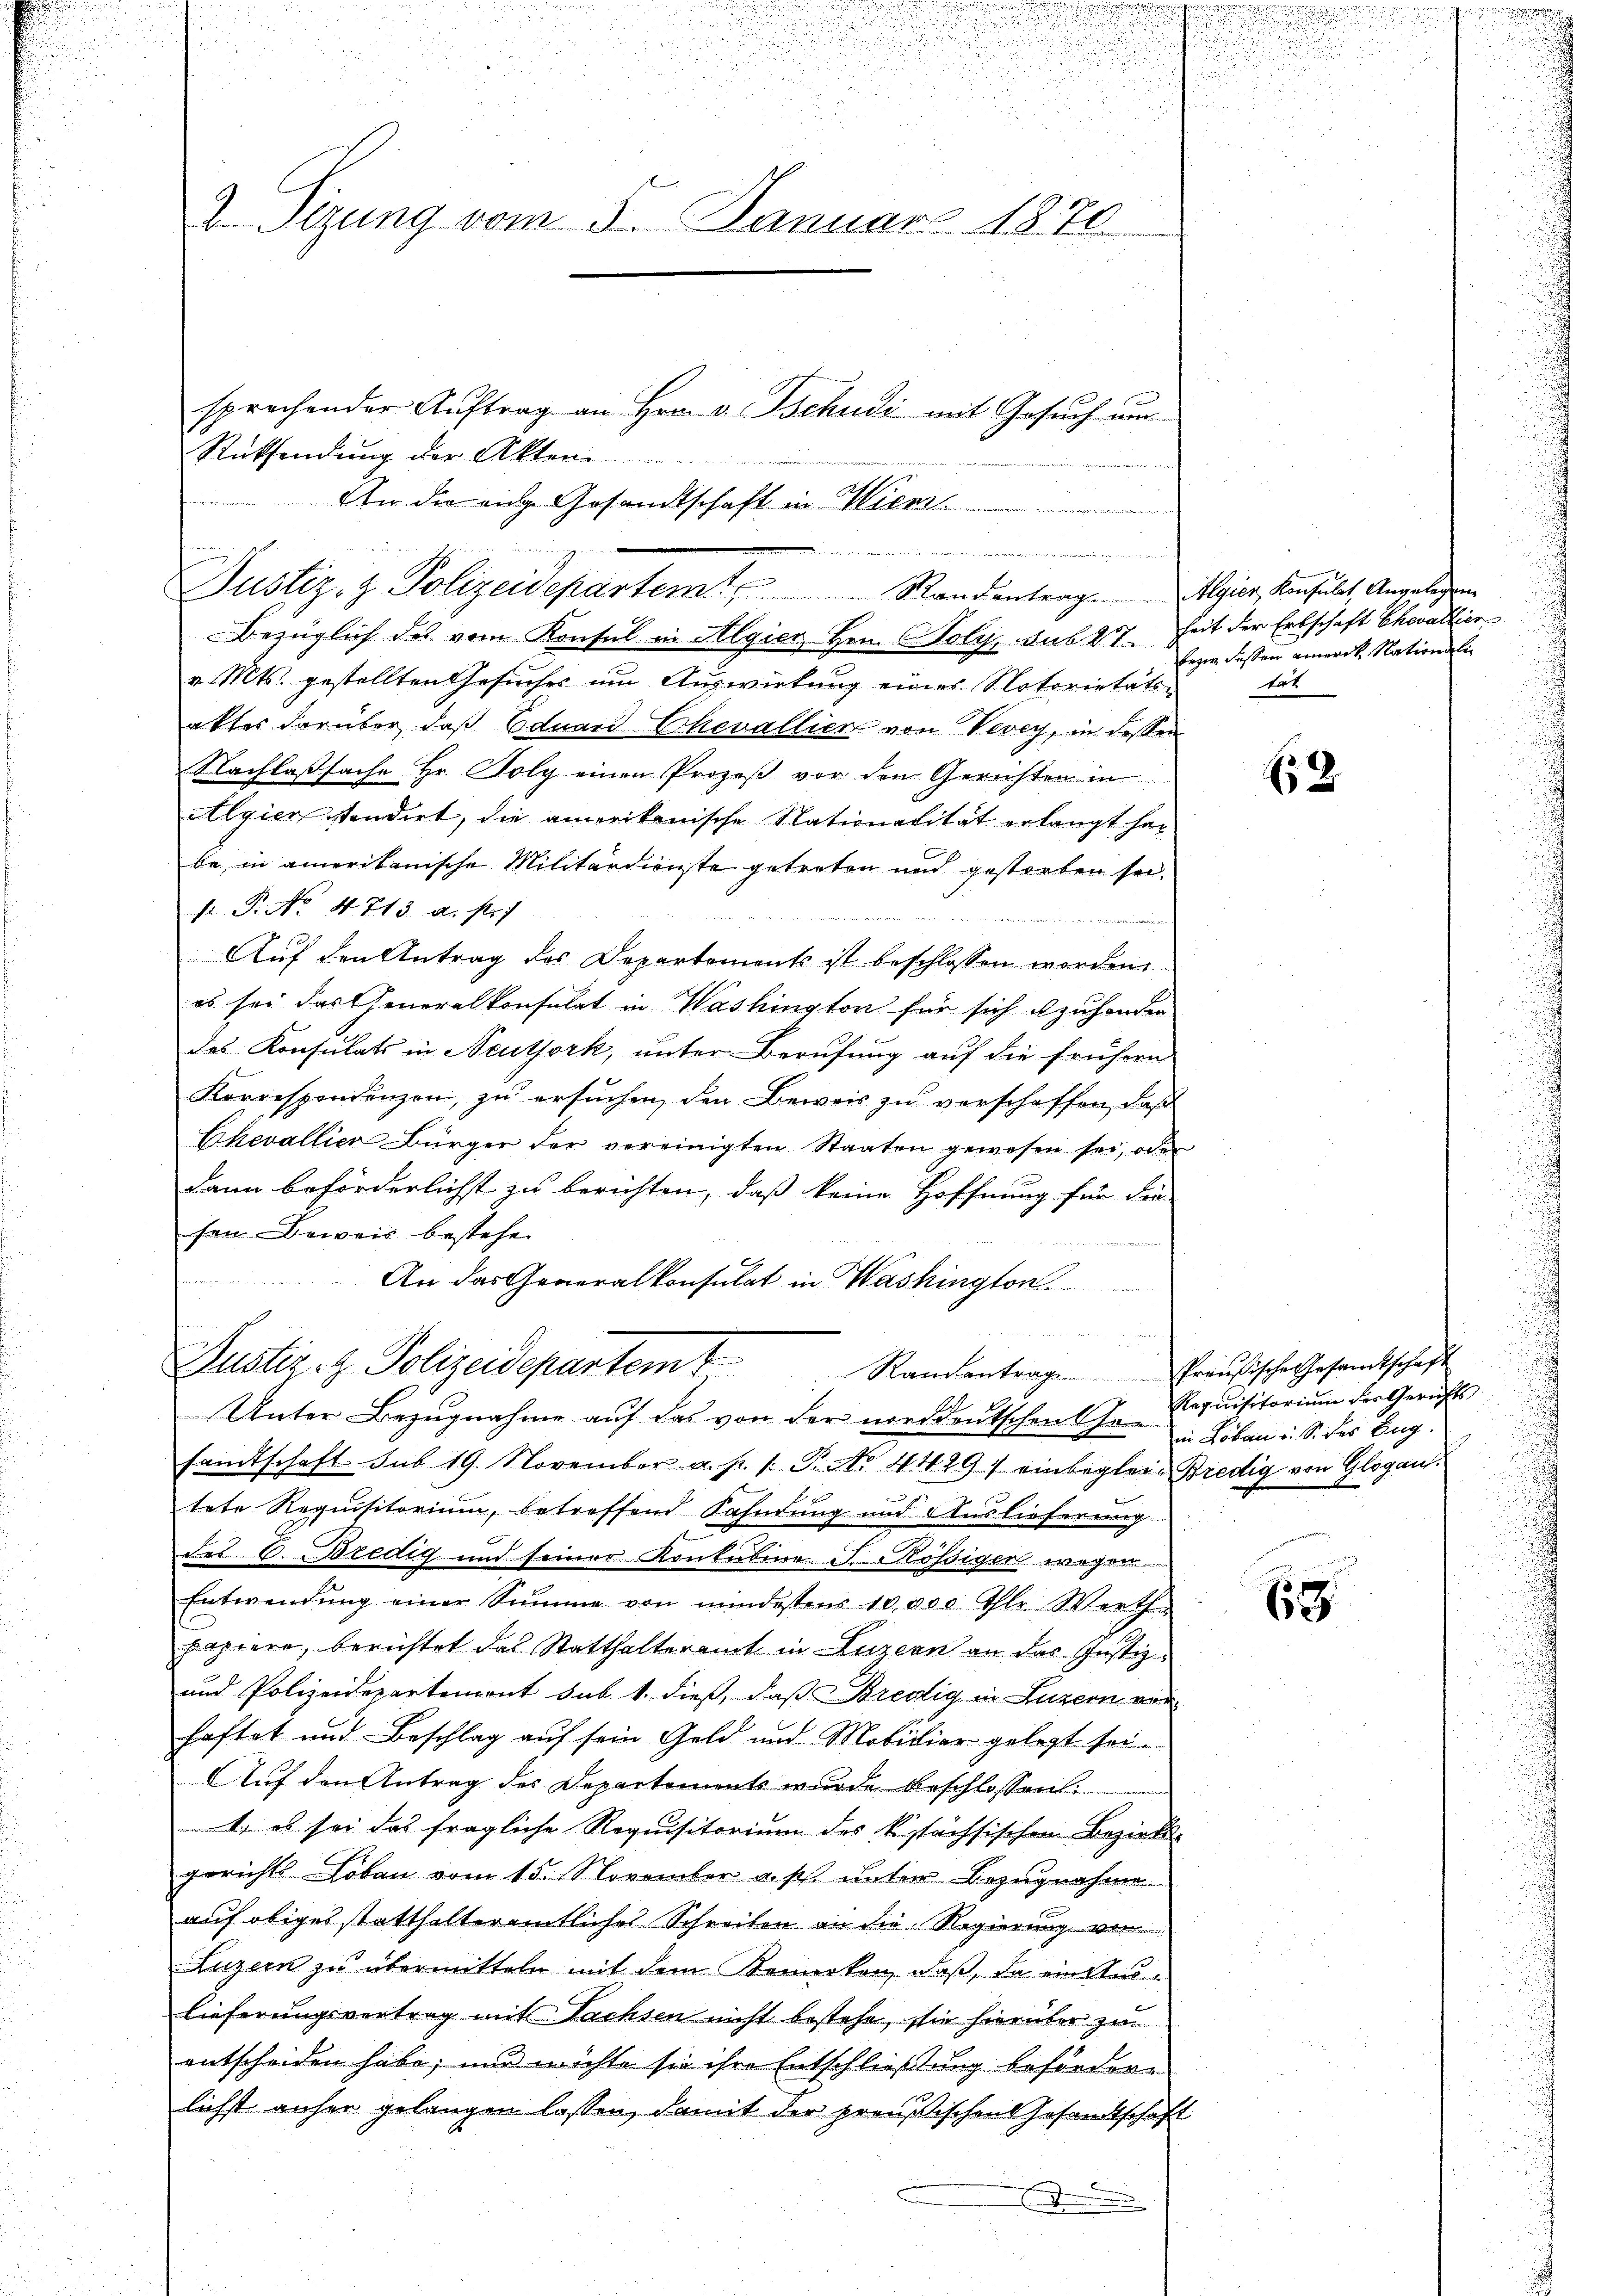
2 Sizung vom 3. Januar 1870

Rücksendung der Akten
v. Mts. gestellten Gesuches um Auswirkung eines Notorietäts-
akter darüber, daß Eduard Chevallier von Vevey, in dessen
Nachlassache Hr. Poly einen Prozeß vor den Gerichten in
Algierstendirt, die amerikanische Nationalität erlangt hat
be in amerikanische Militärdienste getreten und gestorben sei.
F. P. Nr. 4. 713 u. str
Auf den Antrag des Departements ist beschlossen worden
es sei das Generalkonsulat in Washington für sich abzuhonder
des Konsulats in Neuthork, unter Berufung auf die frühern
Korrespondenzen, zu ersuchen, den Beweis zu verschaffen, daß
Chevallier Bürger der vereinigten Staaten gewesen sei, oder
dann beförderlichst zu berichten, daß keine Hoffnung für die
sen Beweis bestehe
e
An das Generalkonsulat in Washington
Justiz- & Polizeidepartemt
Randentrag Preußische Gesamtschaft
Unter Bezugnahme auf das von der norddeutschenthon " Löben u. S. des Eug
samtschaft sub 19. November a. p. 1. P. Nr. 44291 einbeglei- Bredig von Glogau.
tete Requisitorium, betreffend Kahndung und Auslieferung
des C. Bredig und seiner Konkubine S. Bösiger wegen
Entwendŭng einer Summe von mindestens 10 000 Thlr. Werth
papiere, berichtet das Statthalteramt in Luzern an das Justiz¬
und Polizeidepartement sub 1. dieß, daß Bredig in Luzern vor
haftet und Beschlag auf sein Geld und Mobilier gelegt sei.
Auf den Antrag des Departements wurde beschlossen:
1) es sei das fragliche Requisitorium des kssächsischen Bezirksgerichts Löben vom 15. November a. p. unter Bezugnahme
auf obiges statthalteramtliches Schreiben an die Regierung vor
Luzern zu übermitteln mit dem Kenneken, daß, da ein Auslieferungsvertrag mit Nachsen nicht bestehe, sie hierüber zu
entscheiden habe; und möchte sie ihre Entschließung beförderlichst anher gelangen lassen, damit der preußischen Gesamtschaft
e

sprechender Aŭftrag an Hrn. v. Tschudi mit Gesŭch ŭm
An die eige Gesandtschaft in Wien...............

udenten gegen
Justiz- & Polizeidepartem Randantrag. Meier Konsulat, Angelegen
Bezüglich des vom Konsul in Algier Hrn. Poly sub 27. Zeit der Erbschaft Chevallier

bezw. Fassen amerit. Nationali
tar

2

Requisitorium der Gerichts
i

68